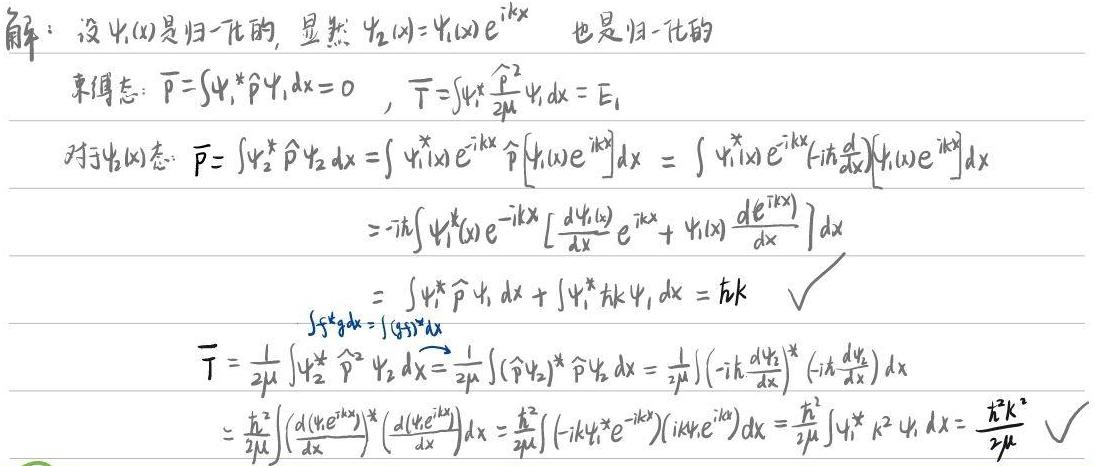
解：设$\psi_1(x)$是归一化的，显然$\psi_2(x)=\psi_1(x)e^{ikx}$也是归一化的

束缚态：$\overline{P}=\int\psi_1^*\hat{p}\psi_1dx = 0$，$\overline{T}=\int\psi_1^*\frac{\hat{p}^2}{2\mu}\psi_1dx = E_1$

对于$\psi_2(x)$态：
\[
\begin{align*}
\overline{P}&=\int\psi_2^*\hat{p}\psi_2dx=\int\psi_1^*(x)e^{-ikx}\hat{p}[\psi_1(x)e^{ikx}]dx=\int\psi_1^*(x)e^{-ikx}(-i\hbar\frac{d}{dx})[\psi_1(x)e^{ikx}]dx\\
&=-i\hbar\int\psi_1^*(x)e^{-ikx}\left[\frac{d\psi_1(x)}{dx}e^{ikx}+\psi_1(x)\frac{de^{ikx}}{dx}\right]dx\\
&=\int\psi_1^*\hat{p}\psi_1dx+\int\psi_1^* \hbar k\psi_1dx=\hbar k\quad\checkmark\\
\end{align*}
\]
\[
\begin{align*}
\overline{T}&=\frac{1}{2\mu}\int\psi_2^*\hat{p}^2\psi_2dx=\frac{1}{2\mu}\int(\hat{p}\psi_2)^*\hat{p}\psi_2dx=\frac{1}{2\mu}\int(-i\hbar\frac{d\psi_2}{dx})^*(-i\hbar\frac{d\psi_2}{dx})dx\\
&=\frac{\hbar^2}{2\mu}\int\left(\frac{d(\psi_1e^{ikx})}{dx}\right)^*\left(\frac{d(\psi_1e^{ikx})}{dx}\right)dx=\frac{\hbar^2}{2\mu}\int(-ik\psi_1^*e^{-ikx})(ik\psi_1e^{ikx})dx=\frac{\hbar^2}{2\mu}\int\psi_1^* k^2\psi_1dx=\frac{\hbar^2k^2}{2\mu}\quad\checkmark
\end{align*}
\]